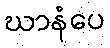
ဃာနံပေ